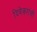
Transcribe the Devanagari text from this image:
दिवेकरांची